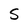
Character: S